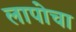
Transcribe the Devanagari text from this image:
लापोचा